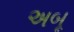
અબૂ